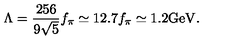
\Lambda = \frac { 2 5 6 } { 9 \sqrt { 5 } } f _ { \pi } \simeq 1 2 . 7 f _ { \pi } \simeq 1 . 2 \mathrm { G e V } .